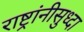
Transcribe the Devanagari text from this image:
राष्ट्रांनीसुध्दा